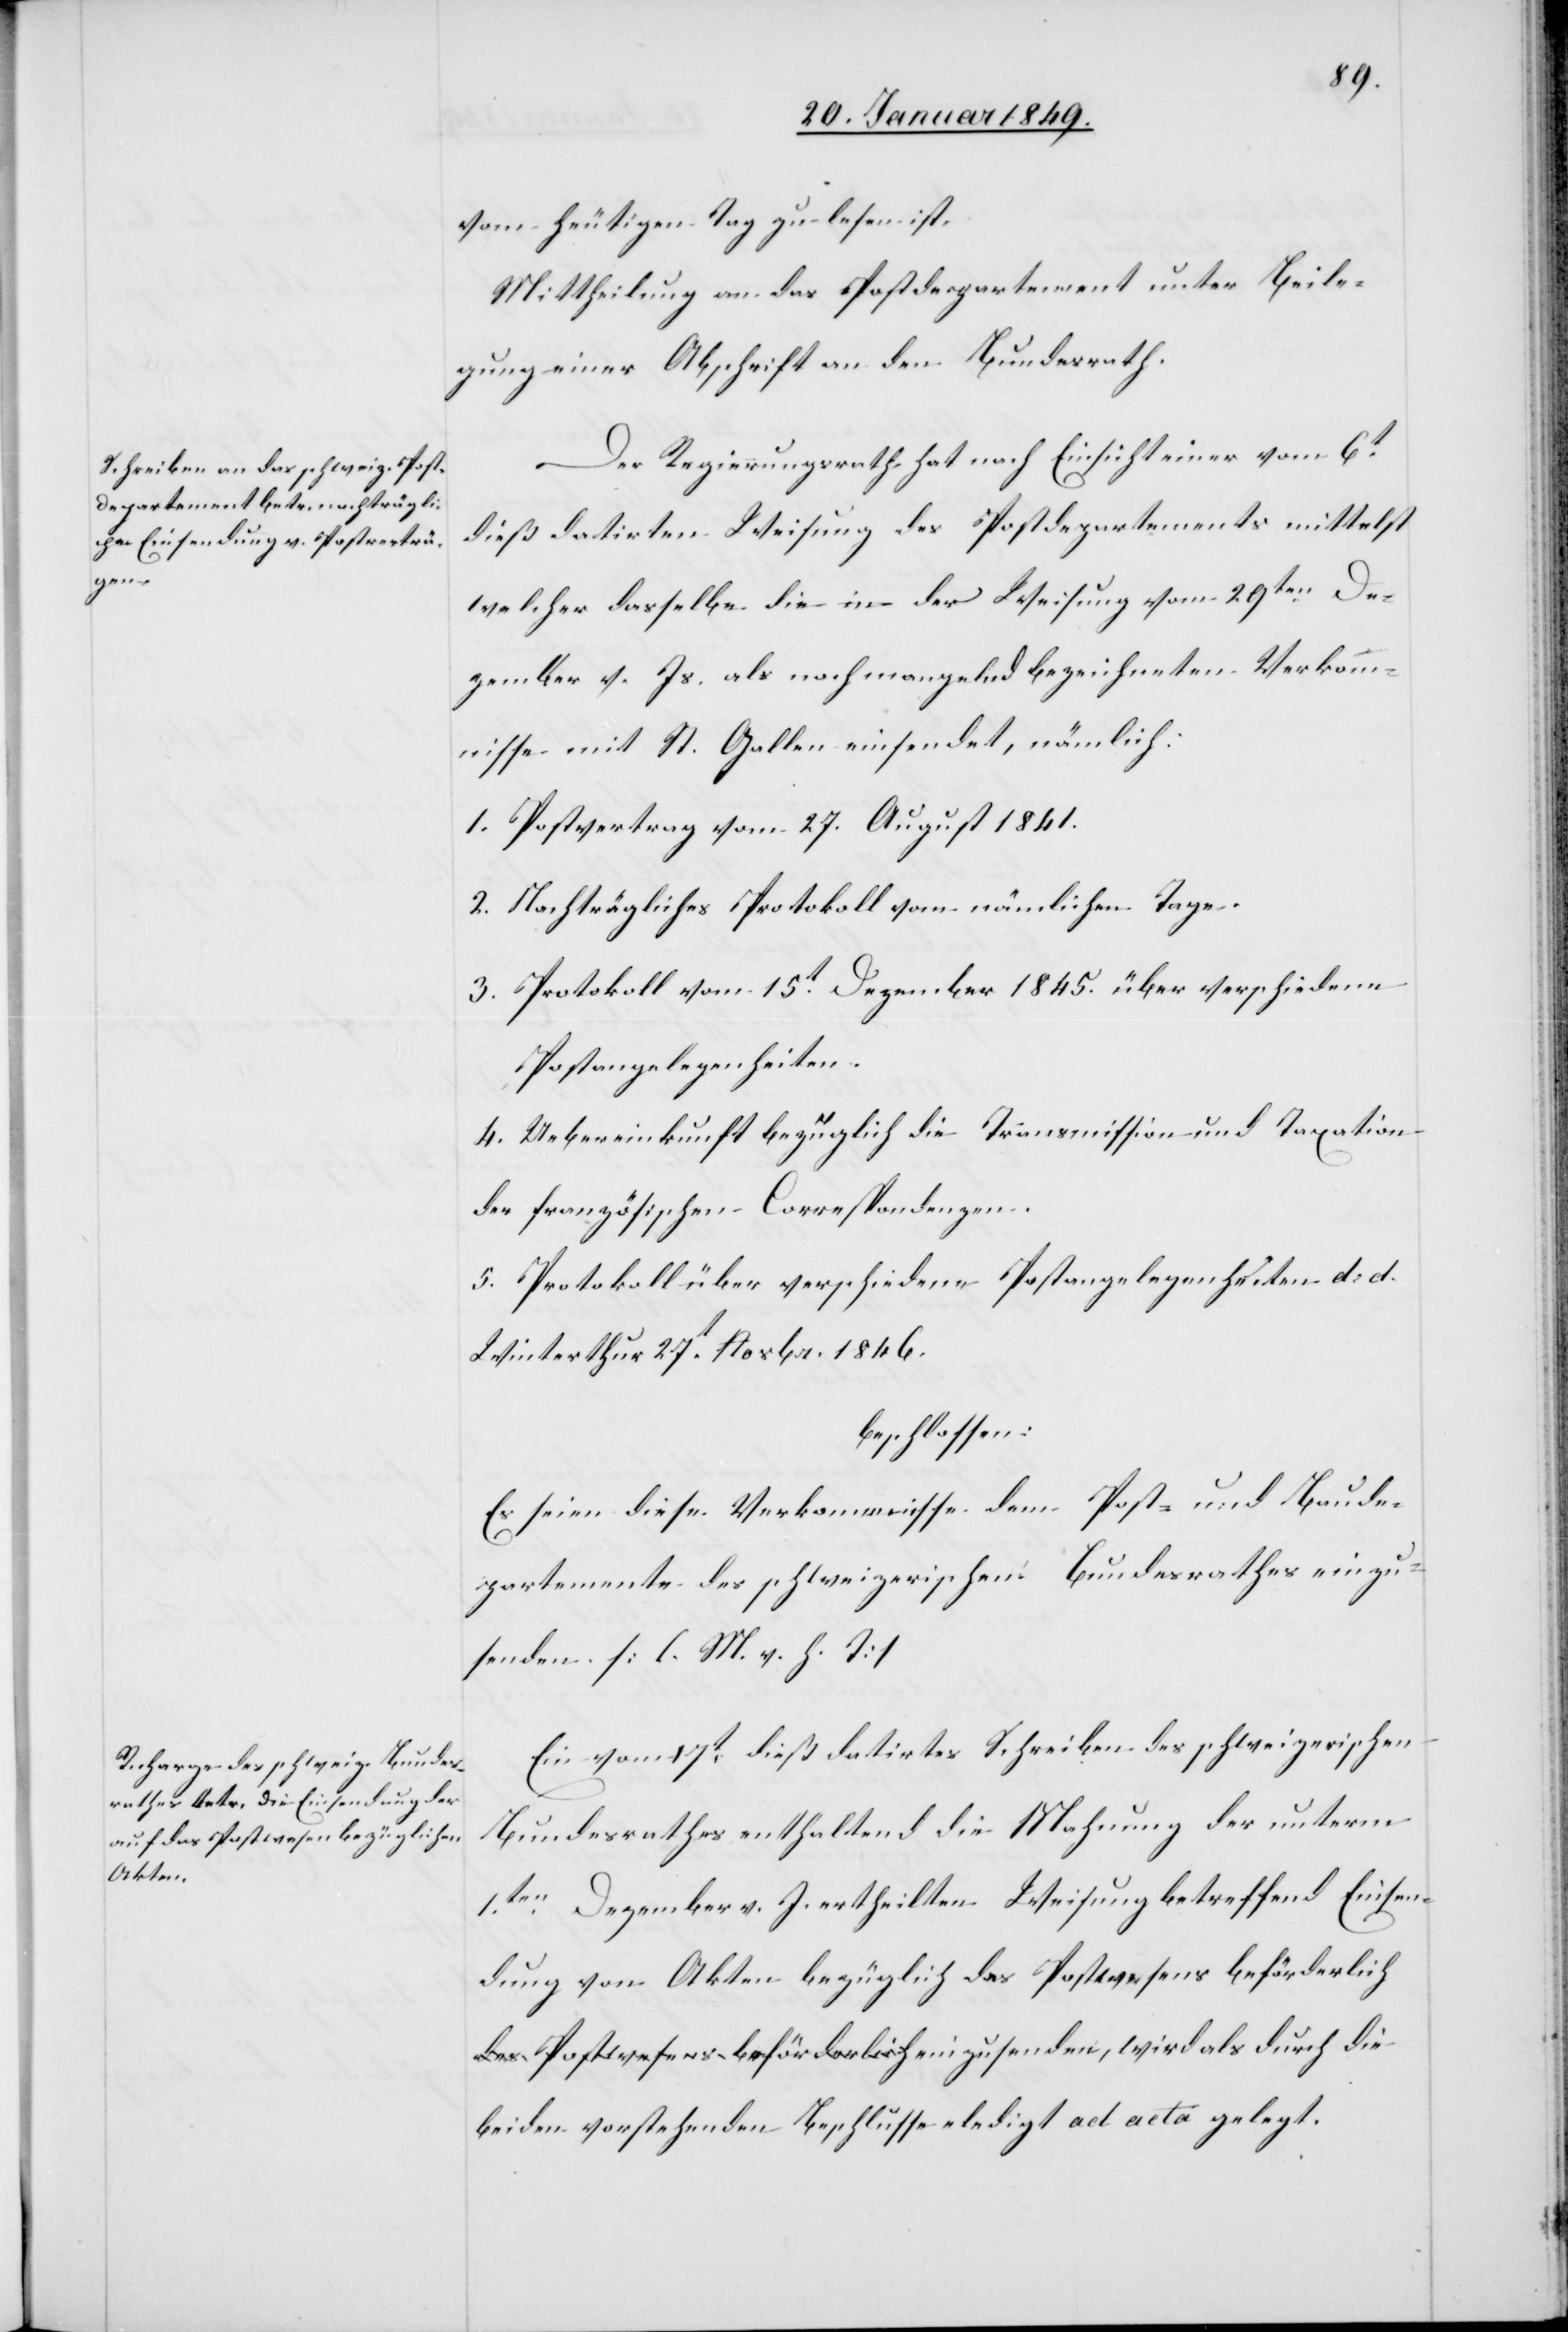
vom heutigen Tag zu lesen ist.
Mittheilung an das Postdepartement unter Beile¬
gung einer Abschrift an den Bundesrath.
Der Regierungsrath hat nach Einsicht einer vom 6t.
dieß datirten Weisung des Postdepartements mittelst
welcher dasselbe die in der Weisung vom 29ten. De¬
zember v. J. als noch mangelnd bezeichneten Verkom¬
mnisse mit St. Gallen einsendet, nämlich:
1. Postvertrag vom 27. August 1841.
2. Nachträgliches Protokoll vom nämlichen Tage.
3. Protokoll vom 15t. Dezember 1845. über verschiedene
Postangelegenheiten.
4. Uebereinkunft bezüglich die Transmission und Taxation
der französischen Correspondenzen.
5. Protokoll über verschiedene Postangelegenheiten d. d.
Winterthur 27t. Novbr. 1846.
beschlossen:
Es seien diese Verkommnisse dem Post- und Baude¬
partemente des schweizerischen Bundesrathes einzu¬
senden. [l. M. v. h. T]
Ein vom 27t. dieß datirtes Schreiben des schweizerischen
Bundesrathes enthaltend die Mahnung der unterm
1ten. Dezember v. J. ertheilten Weisung betreffend Einsen¬
dung von Akten bezüglich das Postwesens beförderlich
beiden vorstehenden Beschlusse erledigt ad acta gelegt.